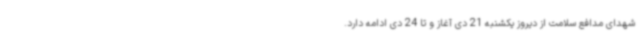
شهدای مدافع سلامت از دیروز یکشنبه 21 دی آغاز و تا 24 دی ادامه دارد.